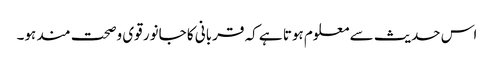
اس حدیث سے معلوم ہوتا ہے کہ قربانی کا جانور قوی وصحت مند ہو۔